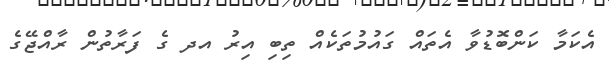
އެކަމާ ކަންބޮޑުވާ އެތައް ގައުމުތަކެއް ތިބި އިރު އދ ގެ ފަރާތުން ރާއްޖޭގެ